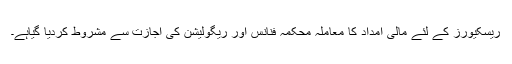
ریسکیورز کے لئے مالی امداد کا معاملہ محکمہ فنانس اور ریگولیشن کی اجازت سے مشروط کردیا گیاہے۔